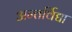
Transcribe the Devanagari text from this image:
अन्तर्विद्या